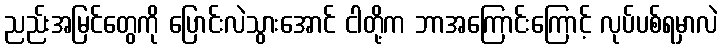
ညည်းအမြင်တွေကို ပြောင်းလဲသွားအောင် ငါတို့က ဘာအကြောင်းကြောင့် လုပ်ပစ်ရမှာလဲ